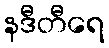
နဒီတီရေ